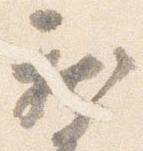
新